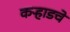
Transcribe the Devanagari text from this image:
कऱ्हाडचे